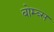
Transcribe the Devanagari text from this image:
बोम्ब्स